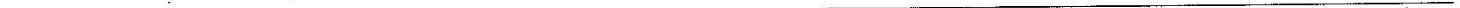
___